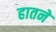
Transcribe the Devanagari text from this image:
हातने